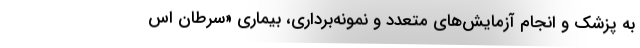
به پزشک و انجام آزمایش‌های متعدد و نمونه‌برداری، بیماری «سرطان اس